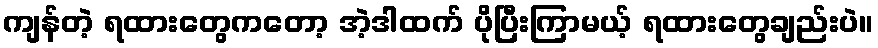
ကျန်တဲ့ ရထားတွေကတော့ အဲ့ဒါထက် ပိုပြီးကြာမယ့် ရထားတွေချည်းပဲ။